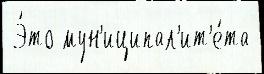
 Э́то мун'иципал'ит'е́та